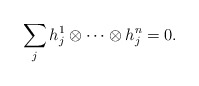
\begin{align*}\sum_{j} h_j^1\otimes \cdots \otimes h_j^n=0.\end{align*}